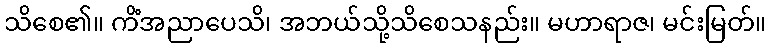
သိစေ၏။ ကိံအညာပေသိ၊ အဘယ်သို့သိစေသနည်း။ မဟာရာဇ၊ မင်းမြတ်။